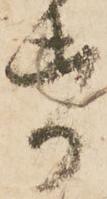
帋